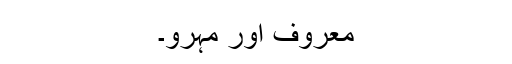
معروف اور مہرو۔